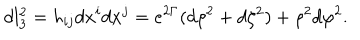
d l _ { 3 } ^ { 2 } = h _ { i j } d x ^ { i } d x ^ { j } = e ^ { 2 \Gamma } ( d \rho ^ { 2 } + d \zeta ^ { 2 } ) + \rho ^ { 2 } d \varphi ^ { 2 } .